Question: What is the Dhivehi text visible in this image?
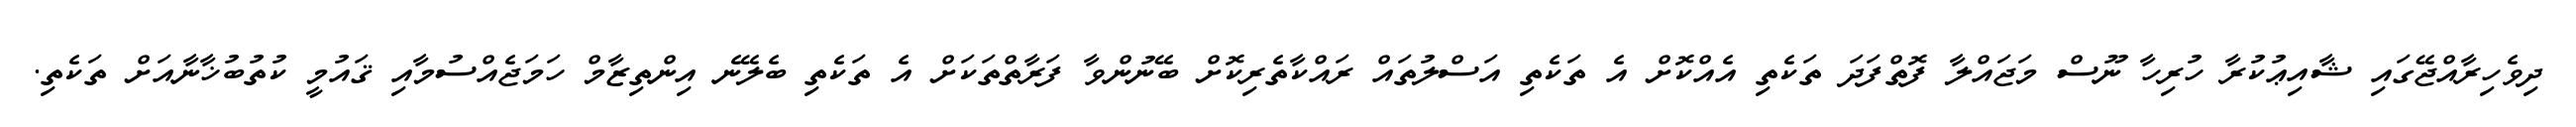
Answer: ދިވެހިރާއްޖޭގައި ޝާއިޢުކުރާ ހުރިހާ ނޫސް މަޖައްލާ ފޮތްފަދަ ތަކެތި އެއްކޮށް އެ ތަކެތި އަސްލުތައް ރައްކާތެރިކޮށް ބޭނުންވާ ފަރާތްތަކަށް އެ ތަކެތި ބެލޭނެ އިންތިޒާމް ހަމަޖެއްސުމާއި ޤައުމީ ކުތުބުޚާނާއަށް ތަކެތި.